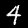
Label: 4